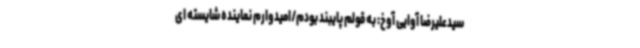
سیدعلیرضا آوایی آوخ: به قولم پایبند بودم/امیدوارم نماینده شایسته ای